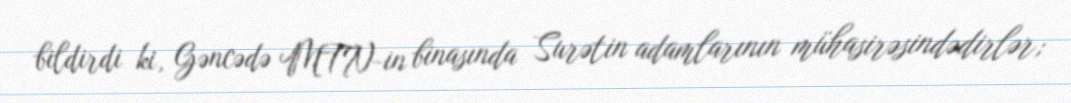
bildirdi ki, Gəncədə MTN-in binasında Surətin adamlarının mühasirəsindədirlər;